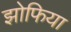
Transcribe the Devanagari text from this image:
झोफिया